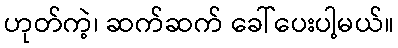
ဟုတ်ကဲ့၊ ဆက်ဆက် ခေါ်ပေးပါ့မယ်။